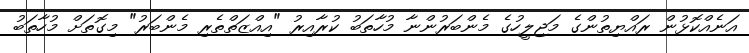
އަނެއްކޮޅުން ރައްޔިތުންގެ މަޖިލީހުގެ މެންބަރުންނާ މުހާތަބު ކުރާއިރު "އިއްޒަތްތެރި މެންބަރު" މިގޮތަށް މުހާތަބު